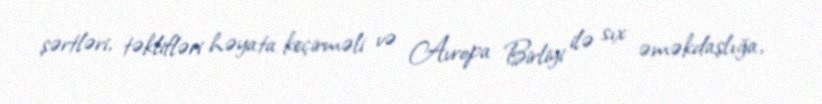
şərtləri, təklifləri həyata keçirməli və Avropa Birliyi ilə sıx əməkdaşlığa,